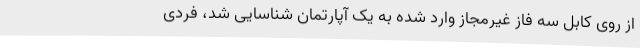
از روی کابل سه فاز غیرمجاز وارد شده به یک آپارتمان شناسایی شد، فردی